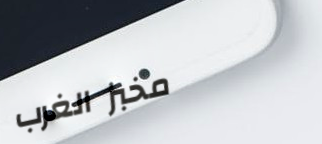
مخبز الغرب